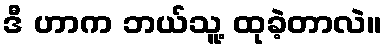
ဒီ ဟာက ဘယ်သူ့ ထုခဲ့တာလဲ။